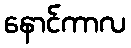
နောင်ကာလ